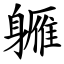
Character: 軅